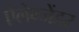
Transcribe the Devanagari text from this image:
ऐलेग्जेंडर